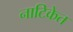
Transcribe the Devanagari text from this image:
नाटिकेत